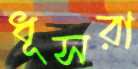
ধূসরা